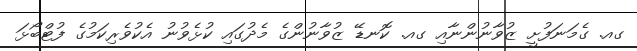
ގއ. ގެމަނަފުށީ ޒުވާނުންނާއި ގއ. ކޮނޑޭ ޒުވާނުންގެ މެދުގައި ކުޅެވުނު އެކުވެރިކަމުގެ ފުޓްބޯޅަ